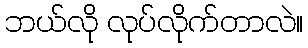
ဘယ်လို လုပ်လိုက်တာလဲ။